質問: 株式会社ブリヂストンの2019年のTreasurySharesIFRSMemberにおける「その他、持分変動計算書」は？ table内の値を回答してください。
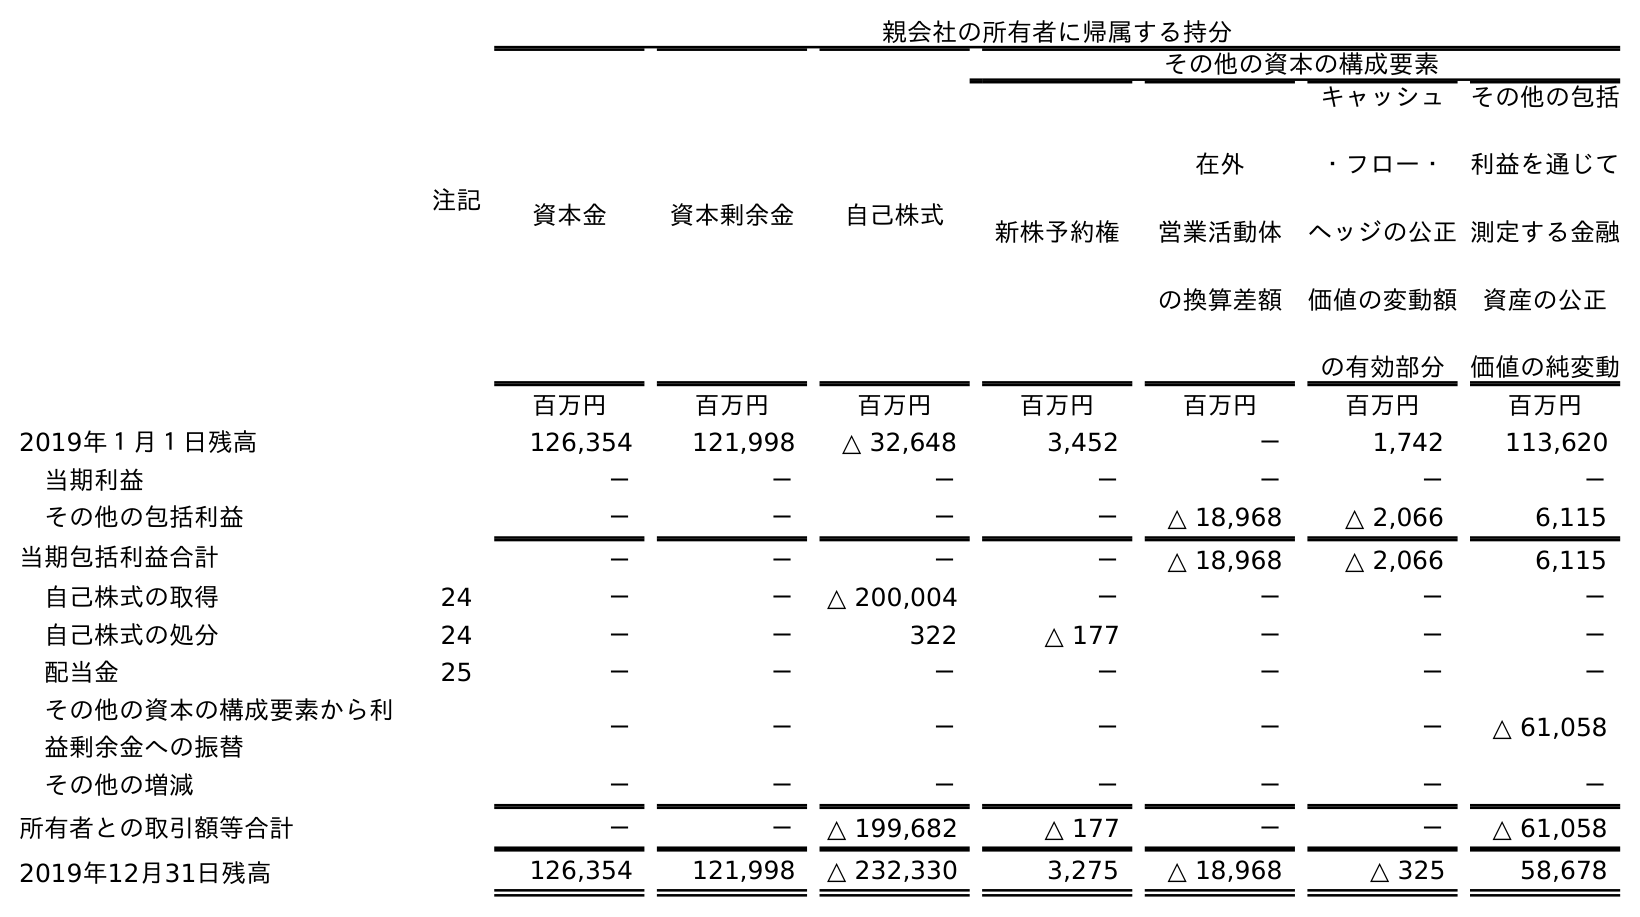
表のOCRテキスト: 注記 親会社の所有者に帰属する持分 資本金 資本剰余金 自己株式 その他の資本の構成要素 新株予約権 在外 営業活動体 の換算差額 キャッシュ ・フロー・ ヘッジの公正 価値の変動額 の有効部分 その他の包括 利益を通じて 測定する金融 資産の公正 価値の純変動 百万円 百万円 百万円 百万円 百万円 百万円 百万円 2019年１月１日残高 126,354 121,998 △ 32,648 3,452 － 1,742 113,620 当期利益 － － － － － － － その他の包括利益 － － － － △ 18,968 △ 2,066 6,115 当期包括利益合計 － － － － △ 18,968 △ 2,066 6,115 自己株式の取得 24 － － △ 200,004 － － － － 自己株式の処分 24 － － 322 △ 177 － － － 配当金 25 － － － － － － － その他の資本の構成要素から利 益剰余金への振替 － － － － － － △ 61,058 その他の増減 － － － － － － － 所有者との取引額等合計 － － △ 199,682 △ 177 － － △ 61,058 2019年12月31日残高 126,354 121,998 △ 232,330 3,275 △ 18,968 △ 325 58,678
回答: －